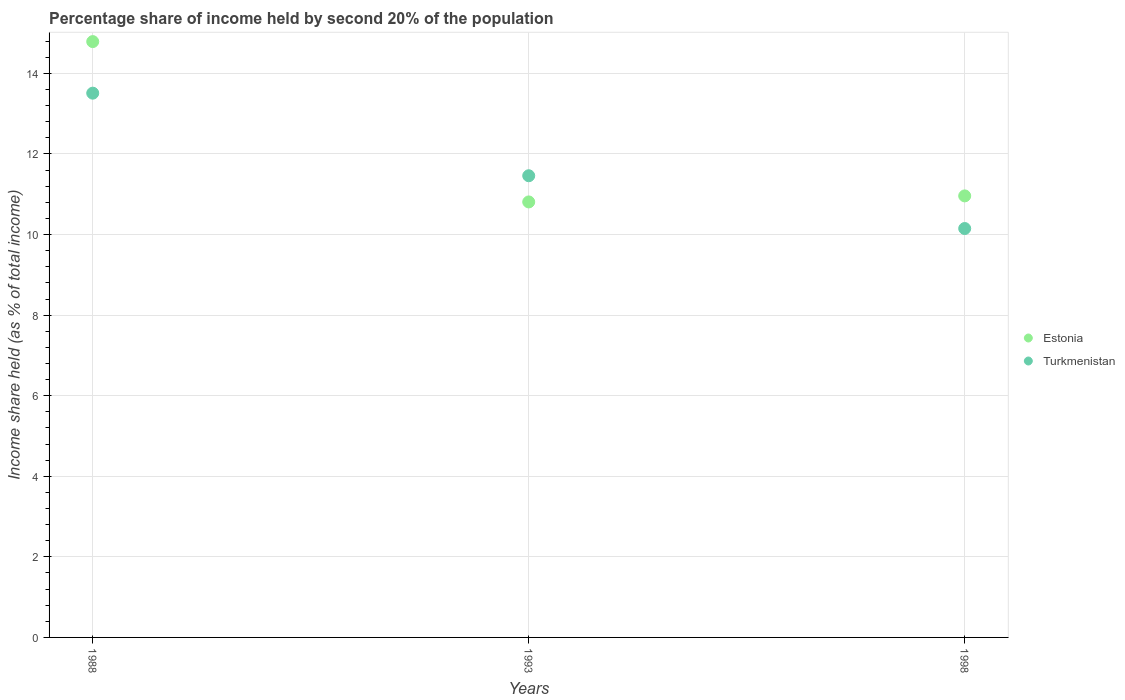
| Years | Estonia | Turkmenistan |
 | --- | --- | --- |
 | 1988 | 14.8 | 13.5 |
 | 1993 | 10.8 | 11.5 |
 | 1998 | 11 | 10.2 |